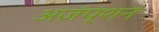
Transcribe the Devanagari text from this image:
अज़ंप्शन